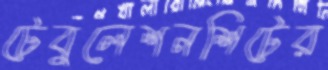
টেবুলেশনশিটের